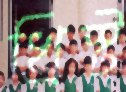
খ্রিস্ট